Vaccination report Assam 1874-1896 - 1874-1896
Year: 1874
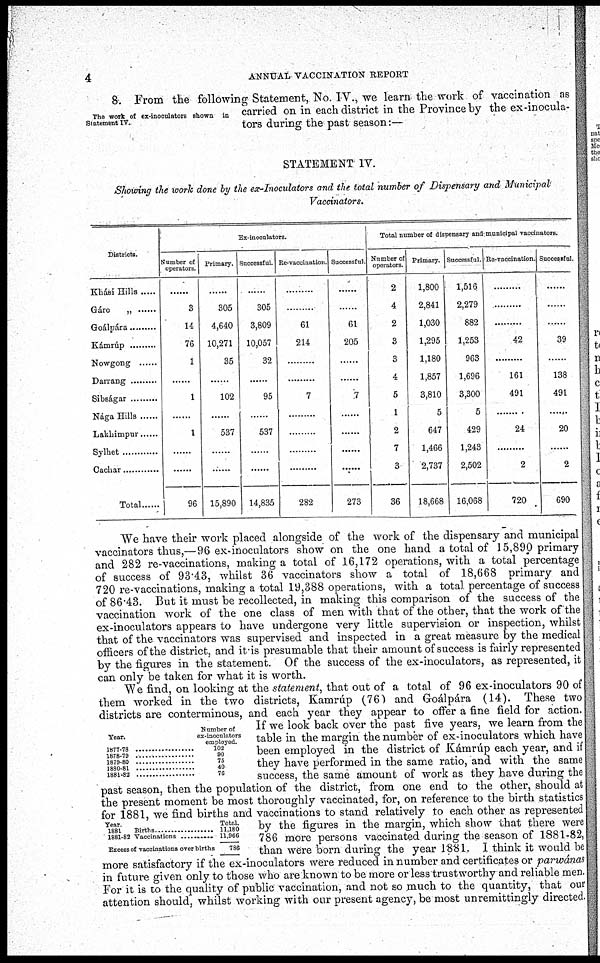
4
ANNUAL VACCINATION REPORT
The work of ex-inoculators shown in
Statement IV.
8. From the following Statement, No. IV., we learn the work of vaccination as
carried on in each district in the Province by the ex-inocula¬
tors during the past season:—
STATEMENT IV.
Showing the work done by the ex-Inoculators and the total number of Dispensary and Municipal
Vaccinators.
Districts.
Khási Hills.....
Gáro „ ......
Goálpára .........
Kámrúp .........
Nowgong
......
Darrang .........
Sidságar .........
Nága Hills
Lakhimpur
Sylhet
Cachar
Total ......
Ex-inoculators.
Number of
operators.
......
3
14
76
1
......
1
......
1
......
......
96
Primary.
......
305
4,640
10,271
35
......
102
......
537
......
......
15,890
Successful.
......
305
3,809
10,057
32
......
95
......
537
......
......
14,835
Re-vaccination.
......
......
61
214
............
.........
7
......
......
......
......
282
Successful
......
......
61
205
......
......
7
......
......
......
......
273
Total number of dispensary and municipal vaccinators.
Number of
operators.
2
4
2
3
3
4
5
1
2
7
3
36
Primary.
1,800
2,841
1,030
1,295
1,180
1,857
3,810
5
647
1,466
2,737
18,668
Successful.
1,516
2,279
882
1,253
963
1,696
3,300
5
429
1,243
2,502
16,068
Re-vaccination
.........
.........
.........
42
.........
161
491
......
24
.........
2
720
Successful.
.........
.........
.........
39
.........
138
491
......
20
.........
2
690
We have their work placed alongside of the work of the dispensary and municipal
vaccinators thus,—96 ex-inoculators show on the one hand a total of 15,890 primary
and 282 re-vaccinations, making a total of 16,172 operations, with a total percentage
of success of 93.43, whilst 36 vaccinators show a total of 18,668 primary and
720 re-vaccinations, making a total 19,388 operations, with a total percentage of success
of 86.43. But it must be recollected, in making this comparison of the success of the
vaccination work of the one class of men with that of the other, that the work of the
ex-inoculators appears to have undergone very little supervision or inspection, whilst
that of the vaccinators was supervised and inspected in a great measure by the medical
officers of the district, and it is presumable that their amount of success is fairly represented
by the figures in the statement. Of the success of the ex-inoculators, as represented, it
can only be taken for what it is worth.
Year.
1877-78 .....................
1878-79 ..................
1879-80 ..................
1880-81 ..................
1881-82 ..................
Number of
ex-inoculators
employed.
102
90
75
40
76
Year.
1881 Births ...............
1881-82 Vaccinations ...............
Excess of vaccinations over births
Total.
11,180
11,966
786
We find, on looking at the statement, that out of a total of 96 ex-inoculators 90 of
them worked in the two districts, Kamrúp (76) and Goálpára (14). These two
districts are conterminous, and each year they appear to offer a fine field for action.
If we look back over the past five years, we learn from the
table in the margin the number of ex-inoculators which have
been employed in the district of Kámrúp each year, and if
they have performed in the same ratio, and with the same
success, the same amount of work as they have during the
past season, then the population of the district, from one end to the other, should at
the present moment be most thoroughly vaccinated, for, on reference to the birth statistics
for 1881, we find births and vaccinations to stand relatively to each other as represented
by the figures in the margin, which show that there were
786 more persons vaccinated during the season of 1881-82,
than were born during the year 1881. I think it would be
more satisfactory if the ex-inoculators were reduced in number and certificates or parwánas
in future given only to those who are known to be more or less trustworthy and reliable men.
For it is to the quality of public vaccination, and not so much to the quantity, that our
attention should, whilst working with our present agency, be most unremittingly directed.